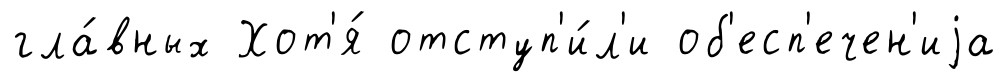
гла́вных Хот'я́ отступ'и́л'и об'есп'ечен'иjа